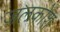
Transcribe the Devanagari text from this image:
जलकोश